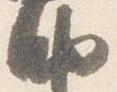
納